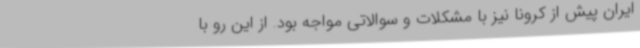
ایران پیش از کرونا نیز با مشکلات و سوالاتی مواجه بود. از این رو با